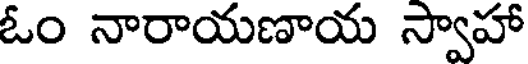
ఓం నారాయణాయ స్వాహా